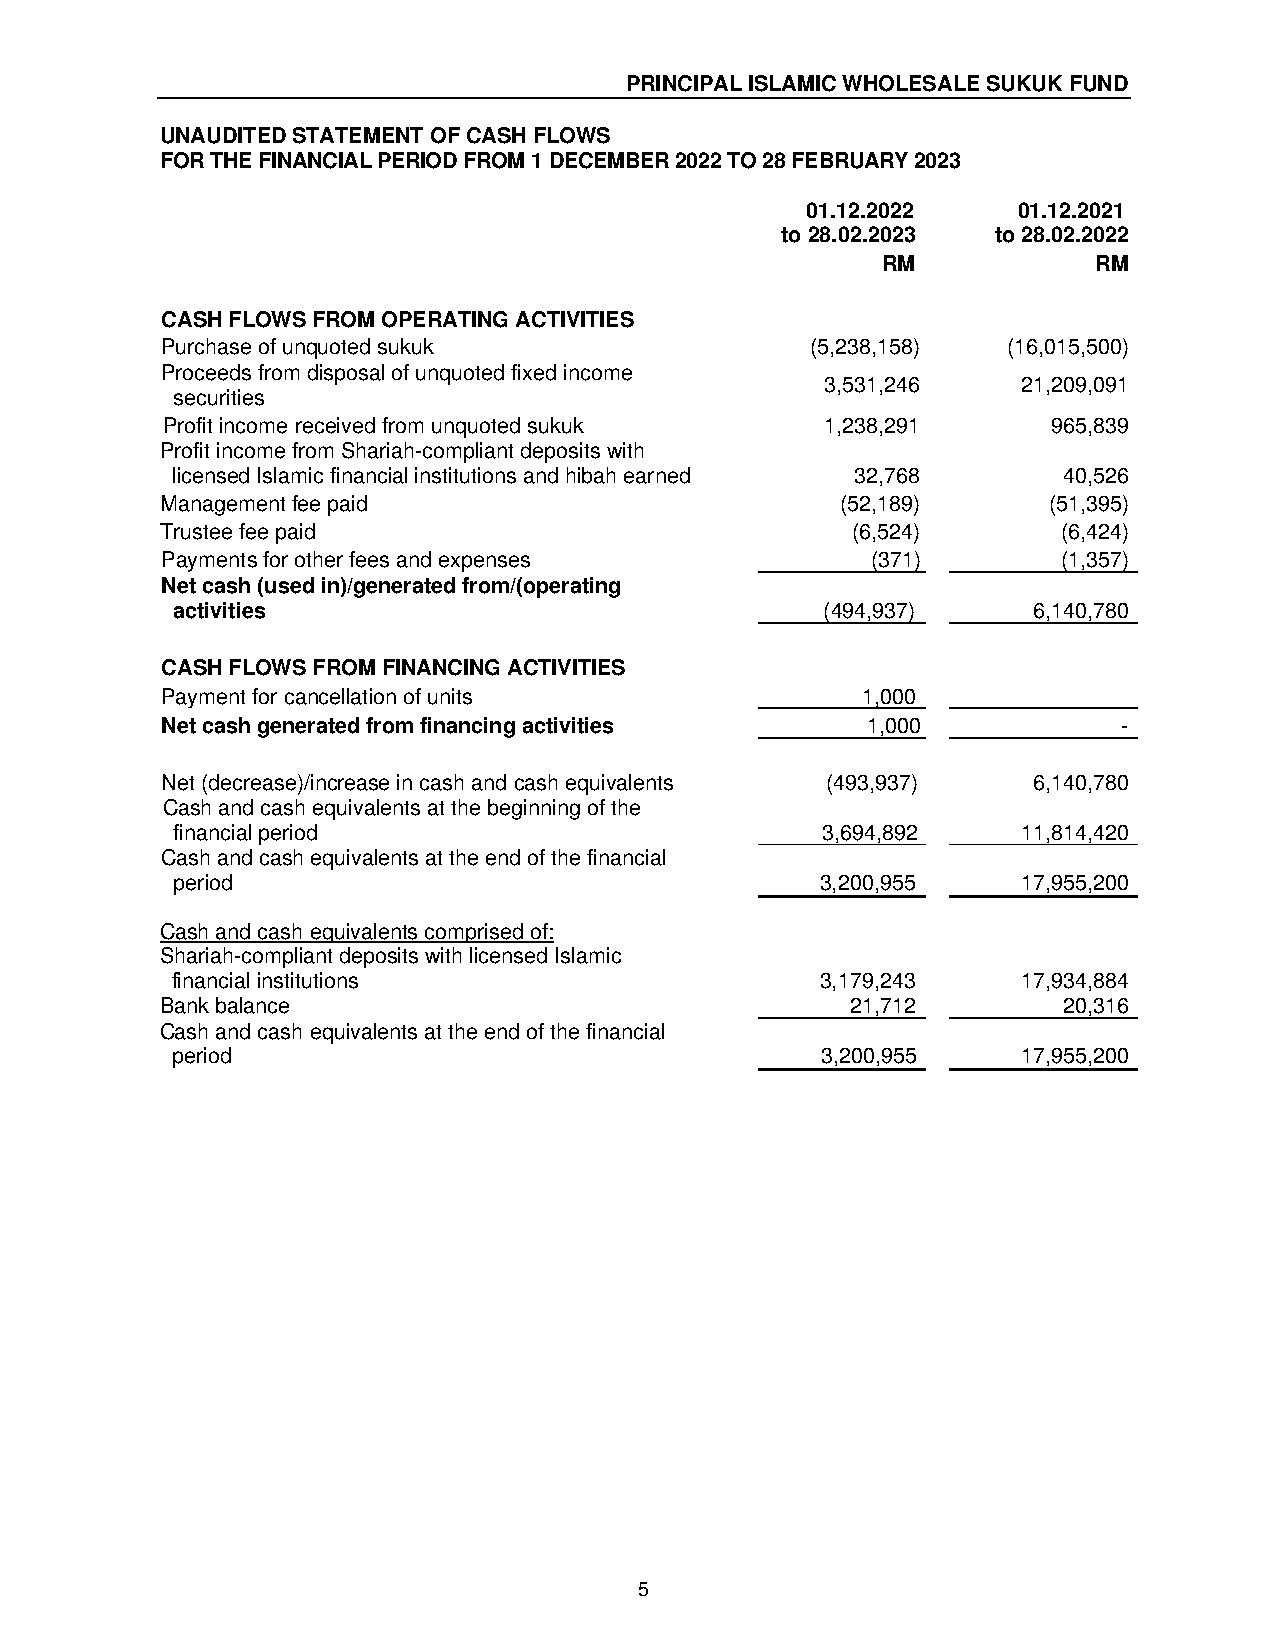
PRINCIPAL ISLAMIC WHOLESALE SUKUK FUND
 UNAUDITED STATEMENT OF CASH FLOWS
 FOR THE FINANCIAL PERIOD FROM 1 DECEMBER 2022 TO 28 FEBRUARY 2023
 01.12.2022    01.12.2021
 to 28.02.2023 to 28.02.2022
 RM             RM
 CASH FLOWS FROM OPERATING ACTIVITIES
 Purchase of unquoted sukuk                 (5,238,158)  (16,015,500)
 Proceeds from disposal of unquoted fixed income
 3,531,246    21,209,091
 securities
 Profit income received from unquoted sukuk  1,238,291      965,839
 Profit income from Shariah-compliant deposits with
 licensed Islamic financial institutions and hibah earned 32,768 40,526
 Management fee paid                          (52,189)     (51,395)
 Trustee fee paid                             (6,524)       (6,424)
 Payments for other fees and expenses           (371)       (1,357)
 Net cash (used in)/generated from/(operating
 activities                                  (494,937)    6,140,780
 CASH FLOWS FROM FINANCING ACTIVITIES
 Payment for cancellation of units             1,000
 Net cash generated from financing activities  1,000            -
 Net (decrease)/increase in cash and cash equivalents (493,937) 6,140,780
 Cash and cash equivalents at the beginning of the
 financial period                           3,694,892     11,814,420
 Cash and cash equivalents at the end of the financial
 period                                     3,200,955     17,955,200
 Cash and cash equivalents comprised of:
 Shariah-compliant deposits with licensed Islamic
 financial institutions                     3,179,243     17,934,884
 Bank balance                                 21,712        20,316
 Cash and cash equivalents at the end of the financial
 period                                     3,200,955     17,955,200
 5